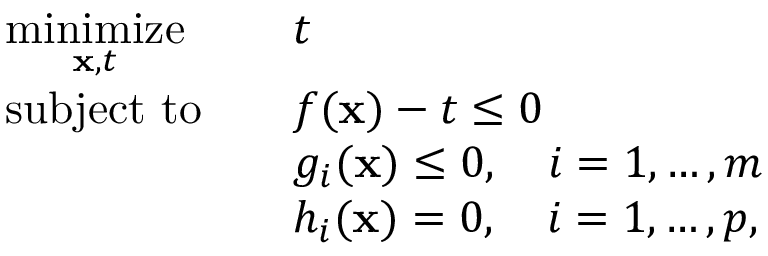
{ \begin{array} { r l r l } & { { \underset { \mathbf { x } , t } { \operatorname { m i n i m i z e } } } } & & { t } \\ & { \operatorname { s u b j e c t \ t o } } & & { f ( \mathbf { x } ) - t \leq 0 } \\ & { } & & { g _ { i } ( \mathbf { x } ) \leq 0 , \quad i = 1 , \dots , m } \\ & { } & & { h _ { i } ( \mathbf { x } ) = 0 , \quad i = 1 , \dots , p , } \end{array} }